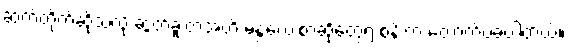
ဆက်တိုက်ဆိုသလို ဆွတ်ခူးတဲ့အထိ မန္တလေးစာဆိုတွေရဲ့ စန်းက တောက်ပခဲ့ပါတယ်။